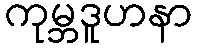
ကုမ္ဘဒူဟနာ